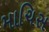
માચિસ